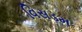
વિસડમ